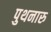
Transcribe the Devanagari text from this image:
पुथनारु